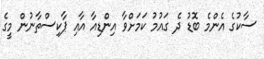
ސާކުގެ އެންމެ ބޮޑު ދެ ގައުމު ކަމަށްވާ އިންޑިއާ އާއި ޕާކިސްތާނުން މީގެ